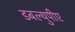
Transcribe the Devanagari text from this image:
डबल्युपीए